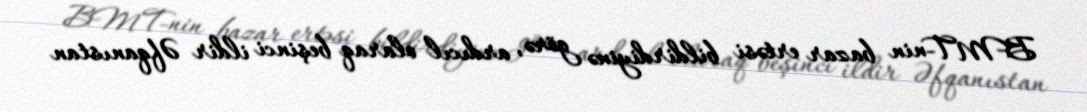
BMT-nin bazar ertəsi bildirdiyinə görə, ardıcıl olaraq beşinci ildir Əfqanıstan